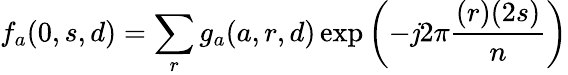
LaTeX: f_{a}(0,s,d)=\sum_{r}g_{a}(a,r,d)\exp\left(-\mathit{j}2\pi{\frac{{(r)(2s)}}{{n}}}\right)